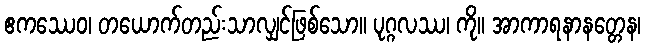
ဧကဿေဝ၊ တယောက်တည်းသာလျှင်ဖြစ်သော။ ပုဂ္ဂလဿ၊ ကို။ အာကာရနာနတ္တေန၊